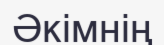
Әкімнің